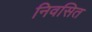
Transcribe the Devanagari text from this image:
निवसित